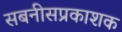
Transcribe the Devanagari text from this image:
सबनीसप्रकाशक